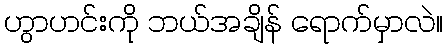
ဟွာဟင်းကို ဘယ်အချိန် ရောက်မှာလဲ။